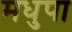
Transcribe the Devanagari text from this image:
मधुपा